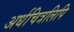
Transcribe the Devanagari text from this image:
अर्धचित्रलिपि